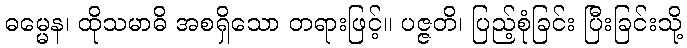
ဓမ္မေန၊ ထိုသမာဓိ အစရှိသော တရားဖြင့်။ ပဇ္ဇတိ၊ ပြည့်စုံခြင်း ပြီးခြင်းသို့